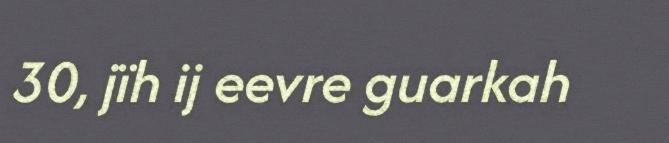
30, jïh ij eevre guarkah